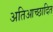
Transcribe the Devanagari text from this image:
अतिआच्छादित